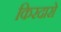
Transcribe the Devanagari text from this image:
किरदारो